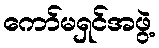
ကော်မရှင်အဖွဲ့